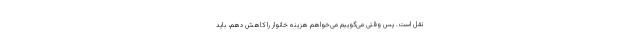
نقل است. پس وقتی می‌گوییم می‌خواهم هزینه خانوار را کاهش دهم، باید